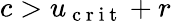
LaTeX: c>u_{\mathrm{~c~r~i~t~}}+r